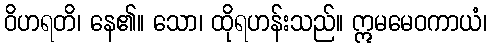
ဝိဟရတိ၊ နေ၏။ သော၊ ထိုရဟန်းသည်။ ဣမမေဝကာယံ၊